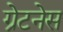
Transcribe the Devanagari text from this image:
ग्रेटनेस